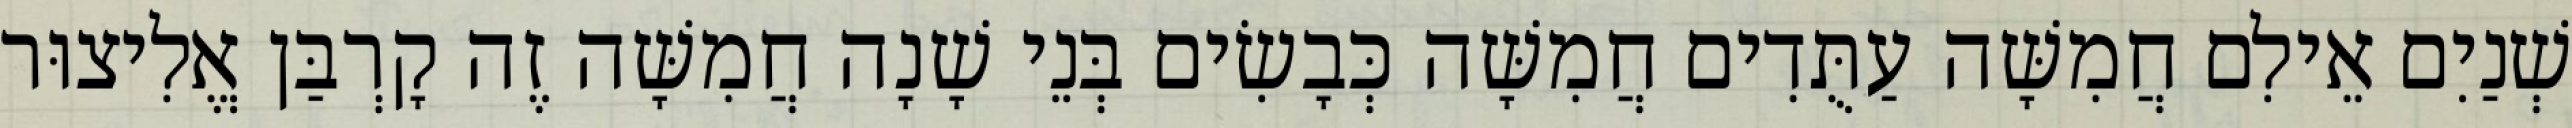
שְׁנַיִם אֵילִם חֲמִשָּׁה עַתֻּדִים חֲמִשָּׁה כְּבָשִׂים בְּנֵי שָׁנָה חֲמִשָּׁה זֶה קָרְבַּן אֱלִיצוּר